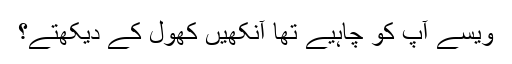
ویسے آپ کو چاہیے تھا آنکھیں کھول کے دیکھتے؟